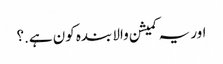
اور یہ کمیشن والا بندہ کون ہے.؟